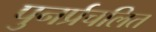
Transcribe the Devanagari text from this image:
पुनर्प्रचलित